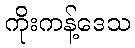
ကိုးကန့်ဒေသ